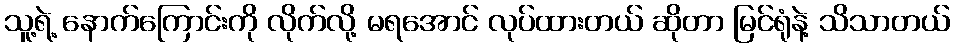
သူ့ရဲ့ နောက်ကြောင်းကို လိုက်လို့ မရအောင် လုပ်ထားတယ် ဆိုတာ မြင်ရုံနဲ့ သိသာတယ်